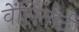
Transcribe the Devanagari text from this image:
वेंसितार्ट